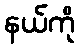
နယ်ကို